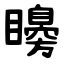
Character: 矏